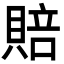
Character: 賠